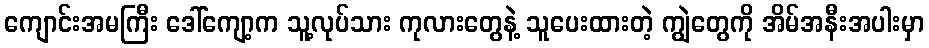
ကျောင်းအမကြီး ဒေါ်ကျော့က သူ့လုပ်သား ကုလားတွေနဲ့ သူပေးထားတဲ့ ကျွဲတွေကို အိမ်အနီးအပါးမှာ